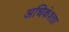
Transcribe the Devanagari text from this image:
अधिकंश्ता